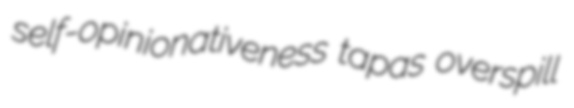
self-opinionativeness tapas overspill